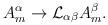
LaTeX: \begin{align*}A^{\alpha}_m \rightarrow {\cal L}_{\alpha\beta}A^{\beta}_m.\end{align*}